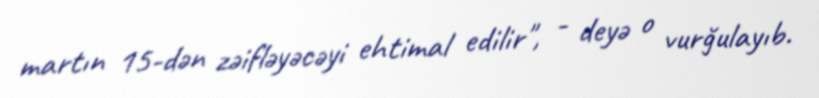
martın 15-dən zəifləyəcəyi ehtimal edilir", - deyə o vurğulayıb.